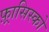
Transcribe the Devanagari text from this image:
फ़्रासिस्को